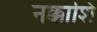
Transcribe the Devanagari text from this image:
नक्काशि